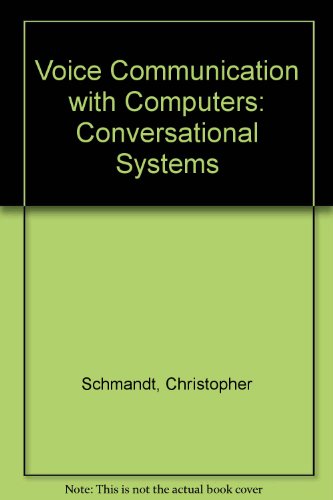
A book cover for Voice Communication With Computers: Conversational Systems; Christopher Schmandt; Computers & Technology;